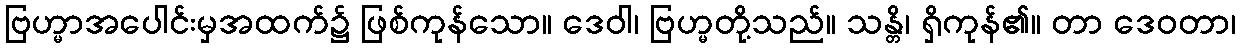
ဗြဟ္မာအပေါင်းမှအထက်၌ ဖြစ်ကုန်သော။ ဒေဝါ၊ ဗြဟ္မတို့သည်။ သန္တိ၊ ရှိကုန်၏။ တာ ဒေဝတာ၊